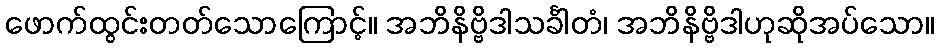
ဖောက်ထွင်းတတ်သောကြောင့်။ အဘိနိဗ္ဗိဒါသင်္ခါတံ၊ အဘိနိဗ္ဗိဒါဟုဆိုအပ်သော။